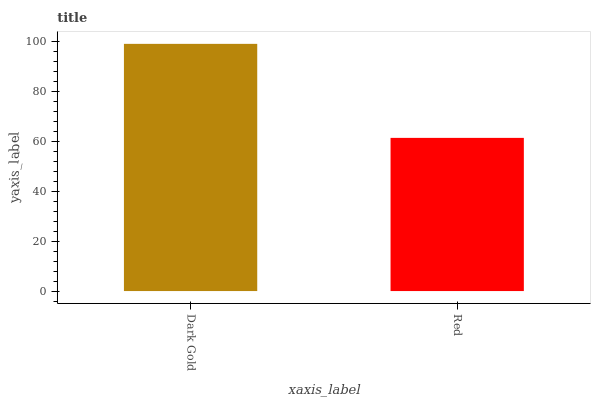
| xaxis_label | bars |
 | --- | --- |
 | Dark Gold | 99 |
 | Red | 61.3 |